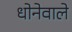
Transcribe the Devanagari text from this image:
धोनेवाले